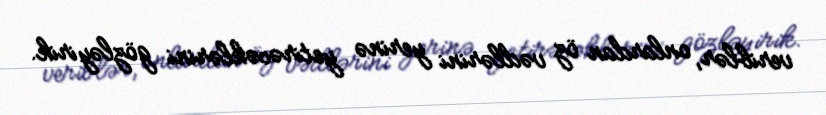
veriblər, onlardan öz vədlərini yerinə yetirəcəklərini gözləyirik.